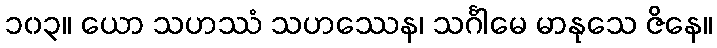
၁၀၃။ ယော သဟဿံ သဟဿေန၊ သင်္ဂါမေ မာနုသေ ဇိနေ။